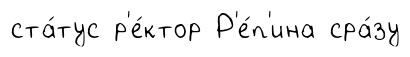
ста́тус р'е́ктор Р'е́п'ина сра́зу